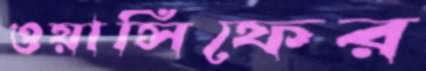
ওয়াসিফের